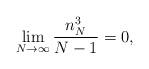
LaTeX: \begin{align*}\lim_{N \to \infty} \frac{n_N^3}{N-1}=0,\end{align*}